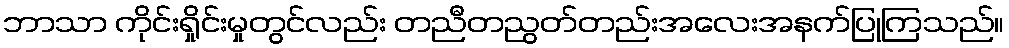
ဘာသာ ကိုင်းရှိုင်းမှုတွင်လည်း တညီတညွတ်တည်းအလေးအနက်ပြုကြသည်။